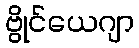
ဗွိုင်ယေဂျာ